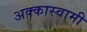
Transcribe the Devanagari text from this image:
अक्कास्वामी